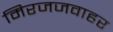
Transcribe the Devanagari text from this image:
मिरजजवाहर